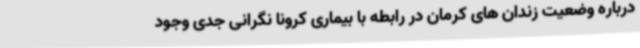
درباره وضعیت زندان های کرمان در رابطه با بیماری کرونا نگرانی جدی وجود